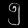
Digit: ၅